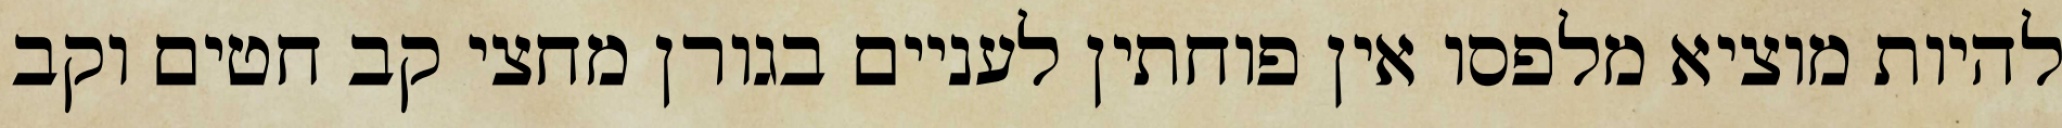
להיות מוציא מלפסו אין פוחתין לעניים בגורן מחצי קב חטים וקב